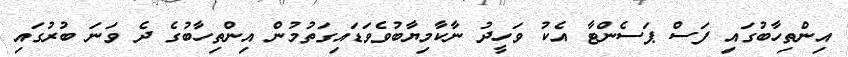
އިންތިހާބުގައި ފަސް ޕަސެންޓާ އެކު ވަހީދު ނާކާމިޔާބުވެވަޑައިގަތުމުން އިންތިހާބުގެ ދެ ވަނަ ބުރުގައި